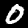
Digit: 0